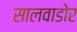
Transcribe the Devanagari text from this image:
सालवाडोर